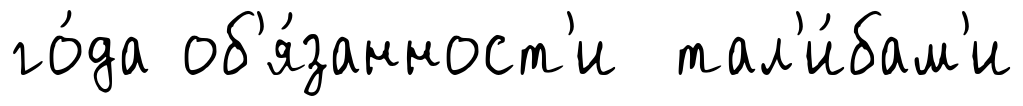
го́да об'я́занност'и тал'и́бам'и